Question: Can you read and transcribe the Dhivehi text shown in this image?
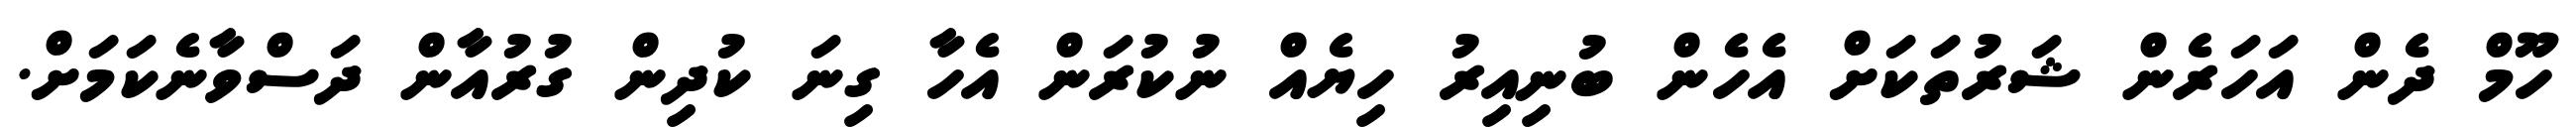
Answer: ހޫމް ދެން އަހަރެން ޝަރުތަކަށް އެހެން ބުނިއިރު ހިޔެއް ނުކުރަން އެހާ ގިނަ ކުދިން ގުރުއާން ދަސްވާނެކަމަށް.